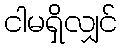
ငါမရှိလျှင်